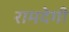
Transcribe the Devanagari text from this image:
रामदेगी